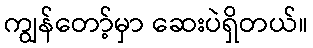
ကျွန်တော့်မှာ ဆေးပဲရှိတယ်။